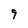
Character: 9